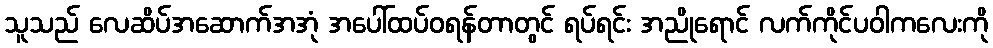
သူသည် လေဆိပ်အဆောက်အအုံ အပေါ်ထပ်ဝရန်တာတွင် ရပ်ရင်း အညိုရောင် လက်ကိုင်ပဝါကလေးကို